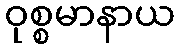
ဝုစ္စမာနာယ